Virumaa_algkoolid, lk 70
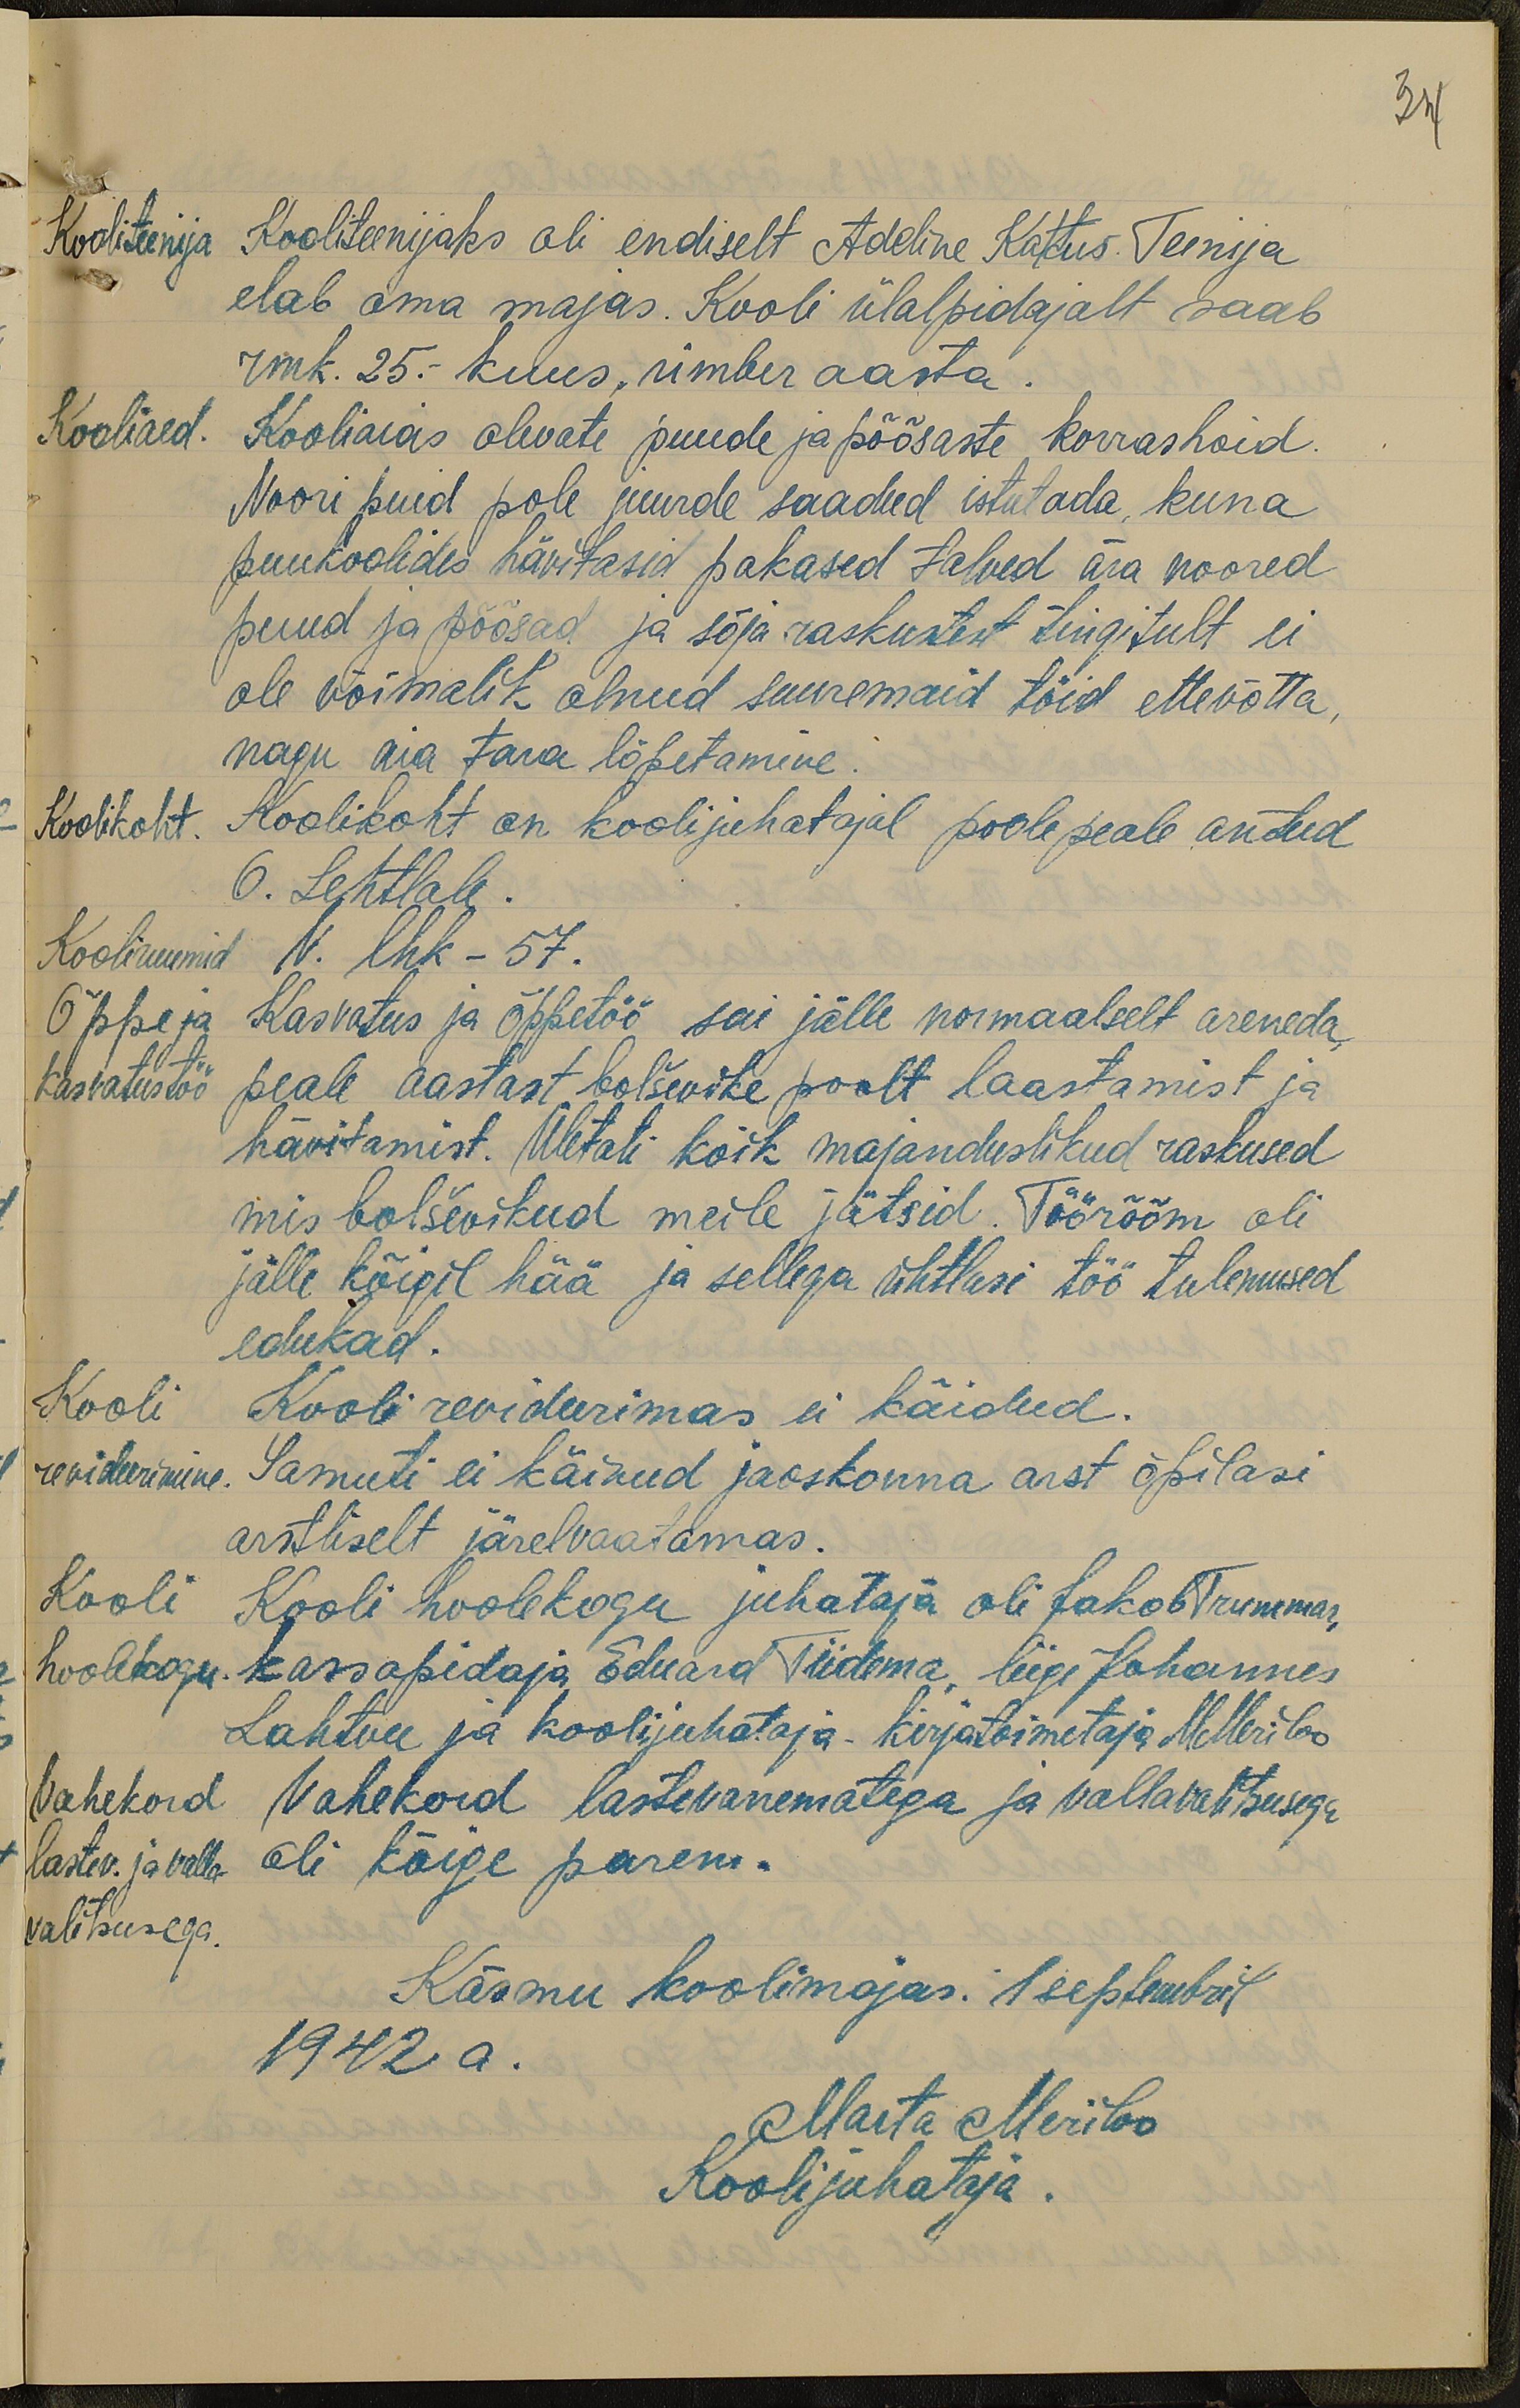
34

Kooliteenija
Kooliteenijaks oli endiselt Adeline Kattus. Teenija
elab oma majas. Kooli ülalpidajalt saab
rmk. 25.- kuus, ümber aasta
Kooliaed.
Kooliaias olevate puude ja põõsaste korrashoid.
Noori puid pole juurde saadud istutada, kuna
puukoolides hävitasid pakased talved ära noored
puud ja põõsad ja sõja raskustest tingitult ei
ole võimalik olnud suuremaid töid ettevõtta.
nagu aia tara lõpetamine.
Koolikoht.
Koolikoht on koolijuhatajal poole peale antud
G. Lehtlale.
Kooliruumid
V. lhk - 57.
Õppe ja
Kasvatus ja õppetöö sai jälle normaalselt areneda
kasvatustöö
peale aastast bolševike poolt laastamist ja
hävitamist. Ületati kõik majanduslikud raskused
mis bolševikud meile jätsid. Töörõõm oli
jälle kõigil hää ja sellega ühtlasi töö tulemused
edukad.
Kooli
Kooli revideerimas ei käidud.
revideerimine
Samuti ei käinud jaoskonna arst õpilasi
arstliselt järelvaatamas.
Kooli
Kooli hoolekogu juhataja oli Jakob Trummar,
hoolekogu
kassapidaja Eduard Tiidema liige Johannes
Lahtvee ja koolijuhataja. Kirjatoimetaja MMeriloo
Vahekord
Vahekord lastevanematega ja vallavalitsusega
lastev. ja valla
oli kõige parem.
valitsusega.
Käsmu koolimajas: 1 septembril
1942 a.
Marta Meriloo
Koolijuhataja.